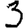
Digit: 3